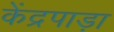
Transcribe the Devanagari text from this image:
केंद्रपाड़ा